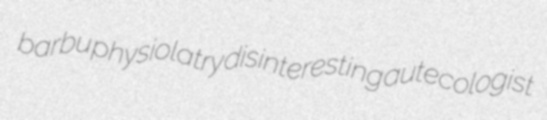
barbu physiolatry disinteresting autecologist